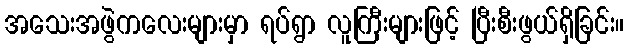
အသေးအဖွဲကလေးများမှာ ရပ်ရွာ လူကြီးများဖြင့် ပြီးစီးဖွယ်ရှိခြင်း။